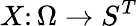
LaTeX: X\colon\Omega\rightarrow S^{T}